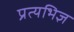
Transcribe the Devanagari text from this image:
प्रत्यभिज्ञ